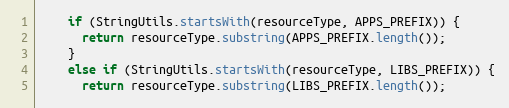
Language: Java
    if (StringUtils.startsWith(resourceType, APPS_PREFIX)) {
      return resourceType.substring(APPS_PREFIX.length());
    }
    else if (StringUtils.startsWith(resourceType, LIBS_PREFIX)) {
      return resourceType.substring(LIBS_PREFIX.length());